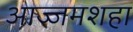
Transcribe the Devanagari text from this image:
आज्जमशहा